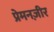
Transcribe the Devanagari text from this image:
प्रेमनज़ीर